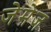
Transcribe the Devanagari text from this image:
जेमेज़